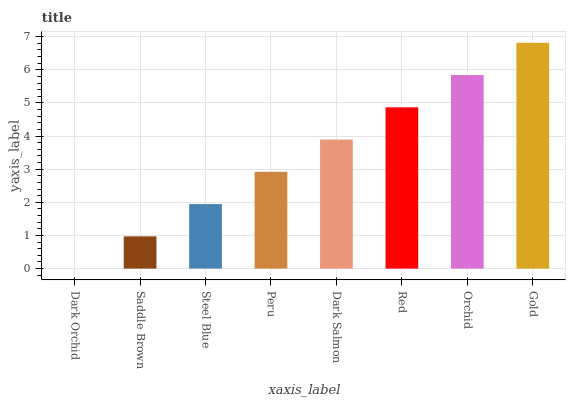
| xaxis_label | bars |
 | --- | --- |
 | Dark Orchid | 0 |
 | Saddle Brown | 0.974 |
 | Steel Blue | 1.95 |
 | Peru | 2.92 |
 | Dark Salmon | 3.9 |
 | Red | 4.87 |
 | Orchid | 5.84 |
 | Gold | 6.82 |